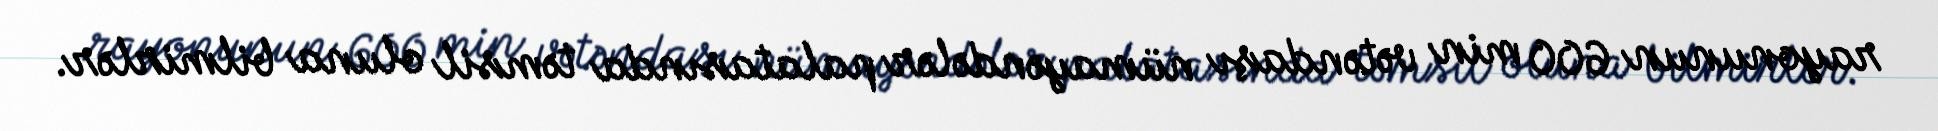
rayonunun 600 min vətəndaşı nümayəndələr palatasında təmsil oluna bilmirlər.